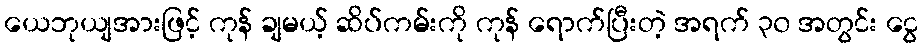
ယေဘုယျအားဖြင့် ကုန် ချမယ့် ဆိပ်ကမ်းကို ကုန် ရောက်ပြီးတဲ့ အရက် ၃၀ အတွင်း ငွေ